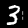
Label: 3